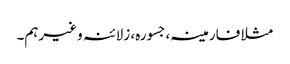
مثلا فارمینہ، جسورہ، زلائنہ وغیرہم۔